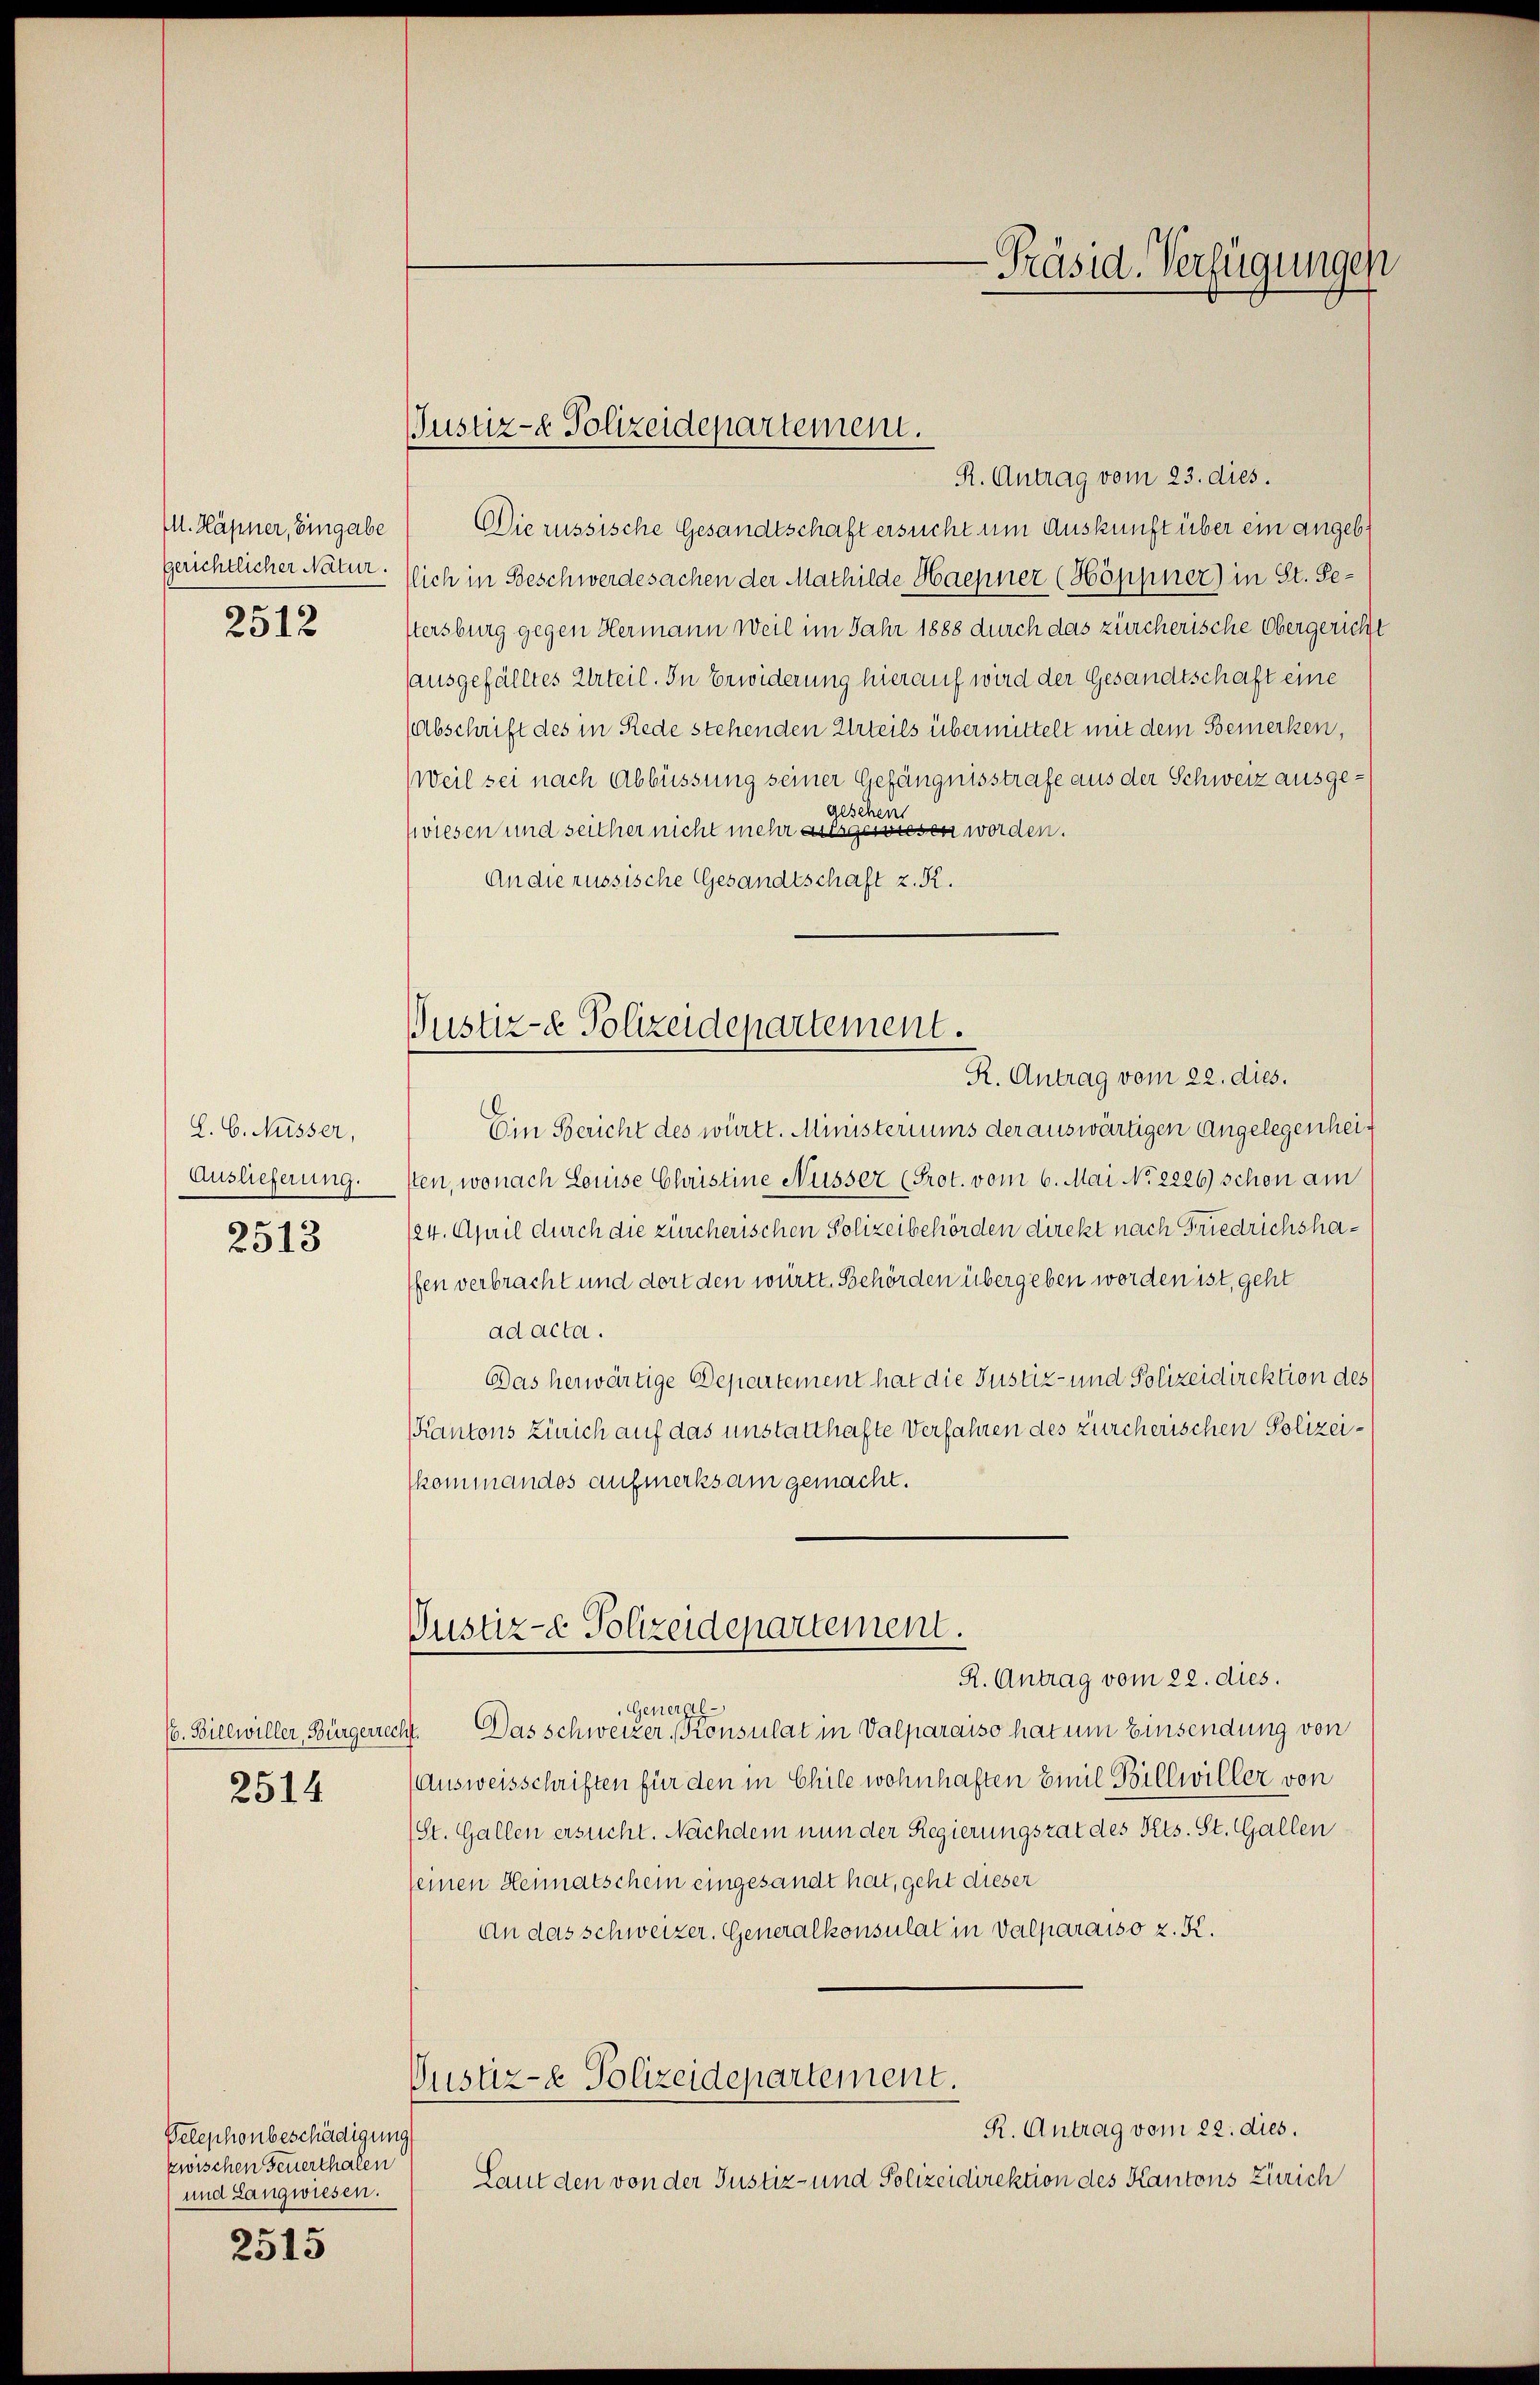
M. Häpner, Eingabe
gerichtlicher Natur.
2512

L. b. Nüsser,
Auslieferung.
2513

(. Billwiller, Bürgerre
2514

Telephonbeschädigung
zwischen Feuerthalen
und Langwiesen.

2515

Justiz- & Polizeidepartement.

Justiz- & Polizeidepartement.
R. Antrag vom 22. dies.

R. Antrag vom 23. dies.
Die russische Gesandtschaft ersucht um Auskunft über ein angeblich in Beschwerdesachen der Mathilde Haenner (Höppner) in St. Gestersburg gegen Hermann Weil im Jahr 1888 durch das zürcherische Obergericht
ausgefälltes Urteil. In Erwiderung hierauf wird der Gesandtschaft eine
(Abschrift des in Rede stehenden Urteils übermittelt mit dem Bemerken,
Weil sei nach Abbüssung seiner Gefängnisstrafe aus der Schweiz ausgegesehen
wiesen und seither nicht mehr ausgewiesen worden.
An die russische Gesandtschaft z. R.
Ein Bericht des württ. Ministeriums der auswärtigen Angelegenheisten, wonach Louise Christine Nüsser (Prot. vom 6. Mai No 2226) schon am
124. April durch die zürcherischen Polizeibehörden direkt nach Friedrichshafen verbracht und dort den württ. Behörden übergeben worden ist, geht
ad acta.
Das herwärtige Departement hat die Justiz- und Polizeidirektion des
Kantons Zürich auf das unstatthafte Verfahren des zürcherischen Polizeikommandos aufmerksam gemacht.
Justiz- & Polizeidepartement.
R. Antrag vom 22. dies.
General-
4. Das schweizer Konsulat in Valparaiso hat um Einsendung von
Ausweisschriften für den in Chile wohnhaften Emil Billwiller von
(St. Gallen ersucht. Nachdem nun der Regierungsrat des Ples. St. Gallen
seinen Heimatschein eingesandt hat, geht dieser
An das schweizer. Generalkonsulat in Valparaiso z. K.
Custiz- & Polizeidepartement.
R. Antrag vom 22. dies.
Laut den von der Justiz- und Polizeidirektion des Kantons Zürich

-Präsid. Verfügungen